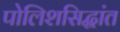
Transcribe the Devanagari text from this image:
पोलिशसिद्धांत